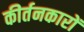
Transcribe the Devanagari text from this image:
कीर्तनकारों